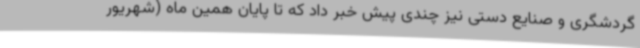
گردشگری و صنایع دستی نیز چندی پیش خبر داد که تا پایان همین ماه (شهریور